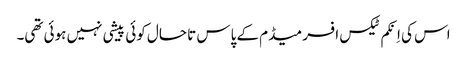
اس کی اِنکم ٹیکس افسر میڈم کے پاس تا حال کوئی پیشی نہیں ہوئی تھی۔